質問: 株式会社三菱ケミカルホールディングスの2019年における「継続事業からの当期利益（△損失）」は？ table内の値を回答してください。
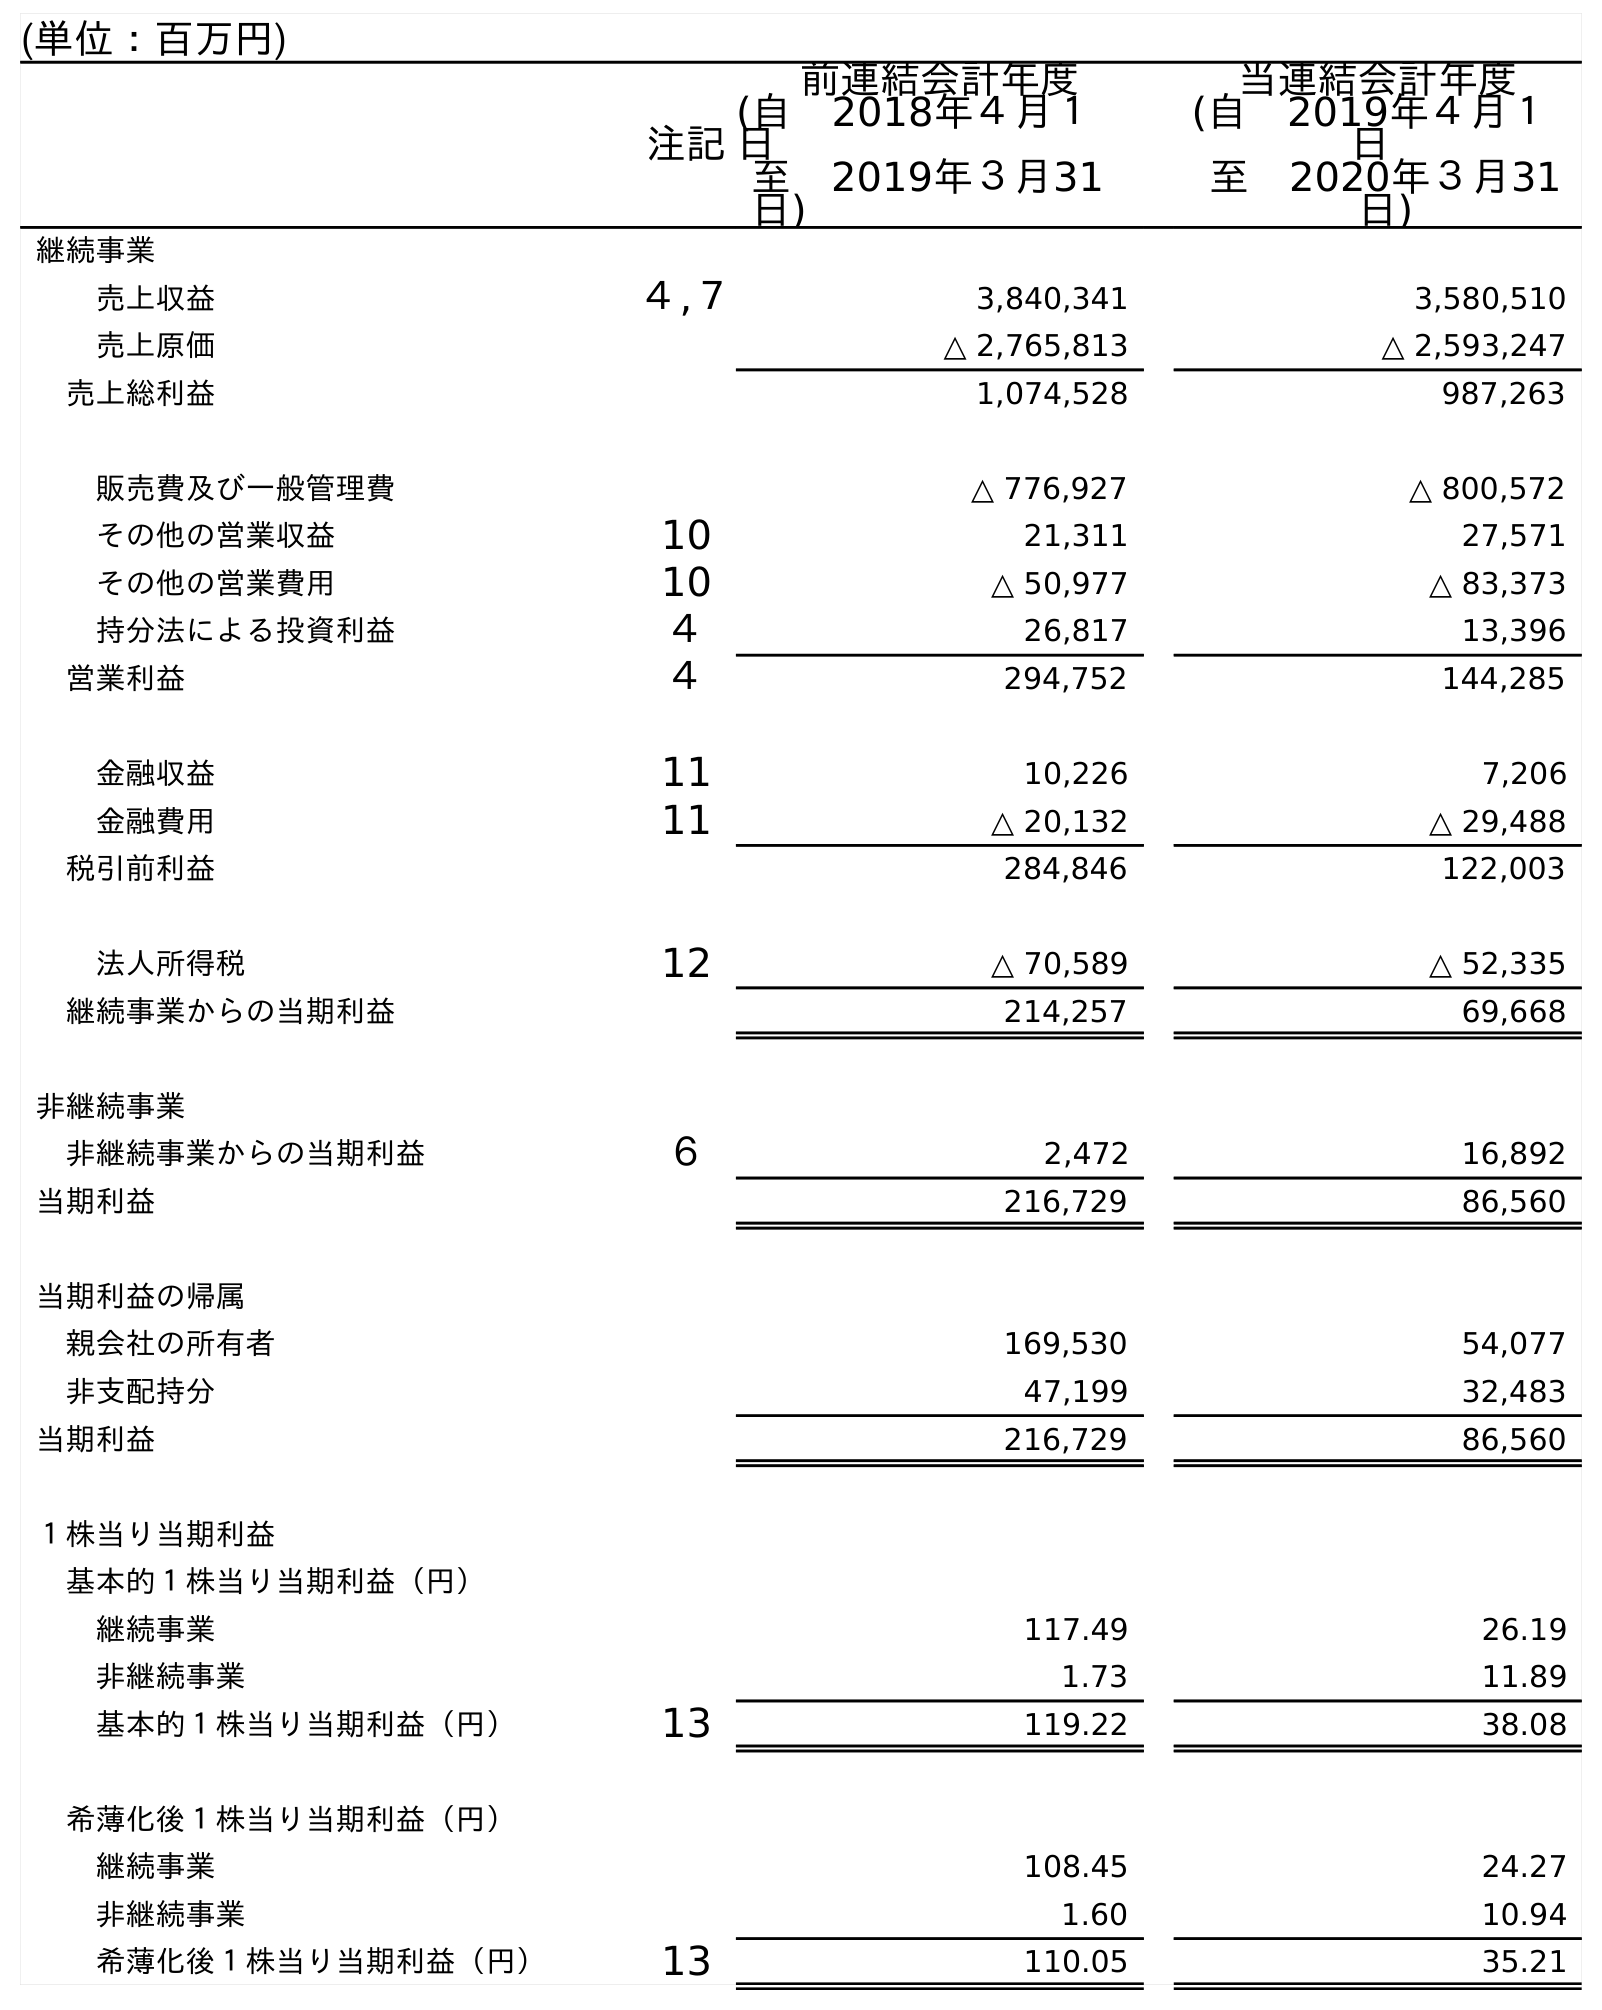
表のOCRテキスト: (単位：百万円) 注記 前連結会計年度 (自 2018年４月１ 日 至 2019年３月31 日) 当連結会計年度 (自 2019年４月１ 日 至 2020年３月31 日) 継続事業 売上収益 ４,７ 3,840,341 3,580,510 売上原価 △ 2,765,813 △ 2,593,247 売上総利益 1,074,528 987,263 販売費及び一般管理費 △ 776,927 △ 800,572 その他の営業収益 10 21,311 27,571 その他の営業費用 10 △ 50,977 △ 83,373 持分法による投資利益 ４ 26,817 13,396 営業利益 ４ 294,752 144,285 金融収益 11 10,226 7,206 金融費用 11 △ 20,132 △ 29,488 税引前利益 284,846 122,003 法人所得税 12 △ 70,589 △ 52,335 継続事業からの当期利益 214,257 69,668 非継続事業 非継続事業からの当期利益 ６ 2,472 16,892 当期利益 216,729 86,560 当期利益の帰属 親会社の所有者 169,530 54,077 非支配持分 47,199 32,483 当期利益 216,729 86,560 １株当り当期利益 基本的１株当り当期利益（円） 継続事業 117.49 26.19 非継続事業 1.73 11.89 基本的１株当り当期利益（円） 13 119.22 38.08 希薄化後１株当り当期利益（円） 継続事業 108.45 24.27 非継続事業 1.60 10.94 希薄化後１株当り当期利益（円） 13 110.05 35.21
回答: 214,257